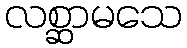
လစ္ဆာမသေ